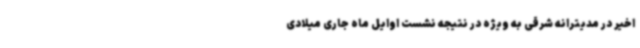
اخیر در مدیترانه شرقی به ویژه در نتیجه نشست اوایل ماه جاری میلادی